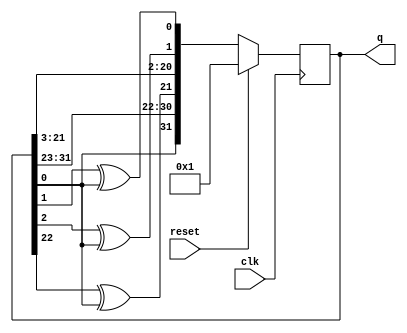
module top_module (
    input clk,
    input reset,  // Active-high synchronous reset to 32'h1
    output reg [31:0] q
    );
    always @(posedge clk) begin
        if (reset) begin
            q <= 32'h1;
        end else begin
            q <= {q[0],q[31-:9],q[22] ^ q[0], q[21:3], q[2] ^ q[0], q[1] ^ q[0]};
            //q[31-:9] -> q[31] to 9th bit
        end
    end
endmodule